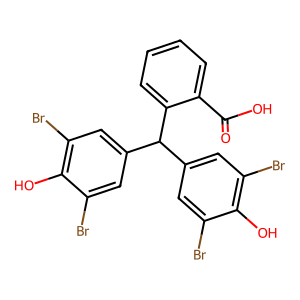
SMILES: O=C(O)c1ccccc1C(c1cc(Br)c(O)c(Br)c1)c1cc(Br)c(O)c(Br)c1
Inhibits HIV replication: No